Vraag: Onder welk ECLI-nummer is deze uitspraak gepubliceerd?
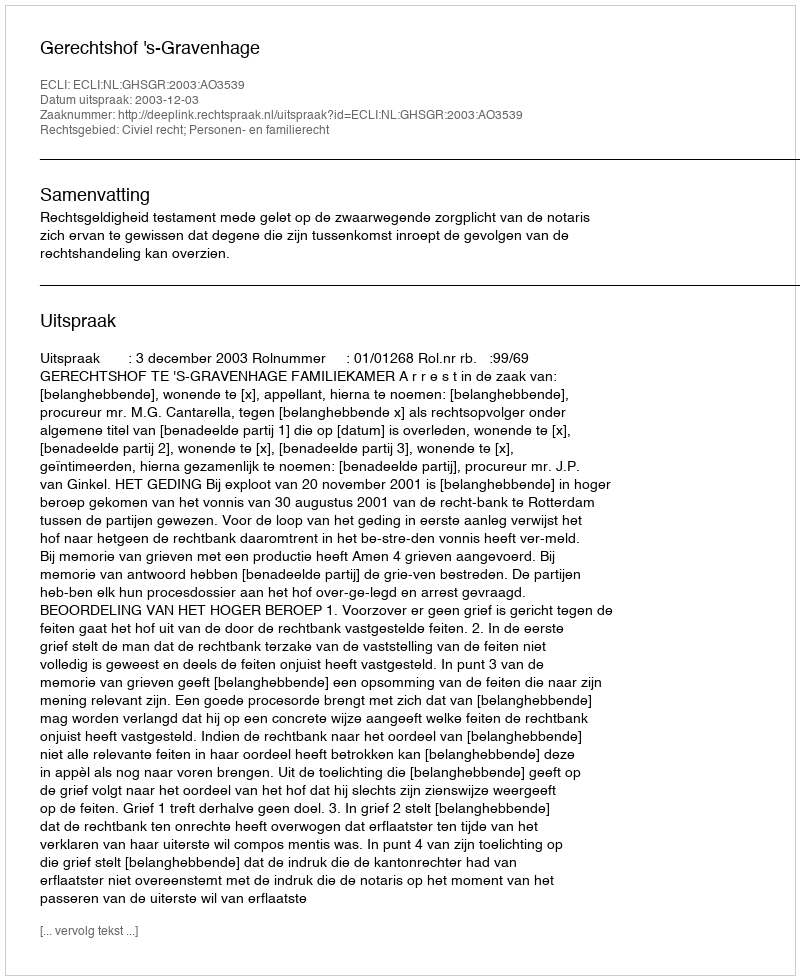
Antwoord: ECLI:NL:GHSGR:2003:AO3539